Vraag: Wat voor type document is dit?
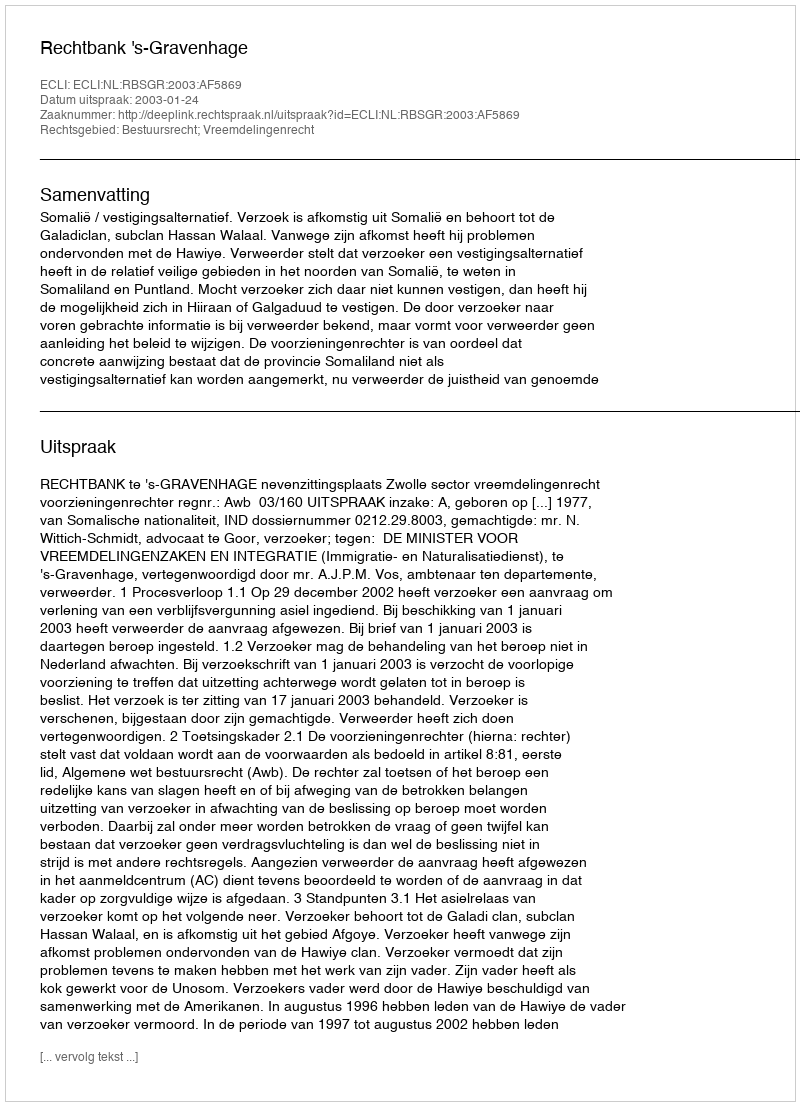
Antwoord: Uitspraak